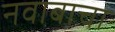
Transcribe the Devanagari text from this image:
नवाबाचा